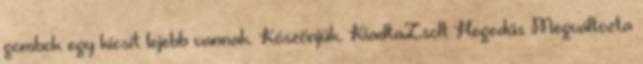
gombok egy kicsit lejebb vannak. Köszönjük. KiadtaZsolt Hegedűs Megváltozta